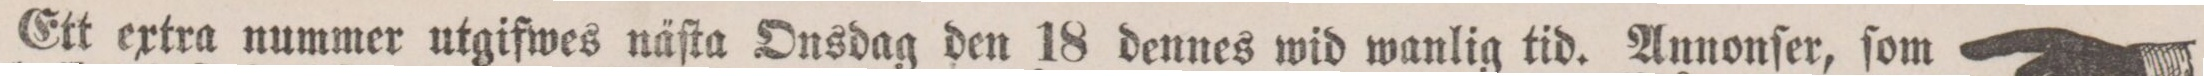
Ett extra nummer utgifwes näſta Onsdag den 18 dennes wid wanlig tid. Annonſer, ſom